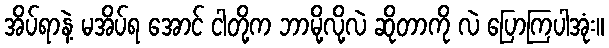
အိပ်ရာနဲ့ မအိပ်ရ အောင် ငါတို့က ဘာမို့လို့လဲ ဆိုတာကို လဲ ပြောကြပါအုံး။